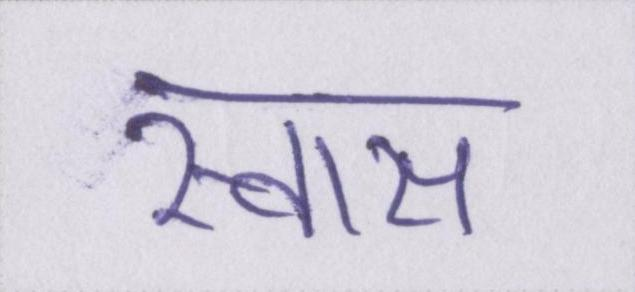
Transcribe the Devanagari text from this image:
स्वास